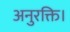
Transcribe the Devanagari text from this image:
अनुरक्ति।